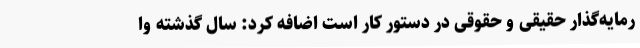
رمایه‌گذار حقیقی و حقوقی در دستور کار است اضافه کرد: سال گذشته وا